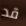
قد